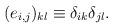
LaTeX: \begin{align*}(e_{i,j})_{kl} \equiv \delta_{ik} \delta_{jl}. \end{align*}